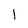
Character: 1